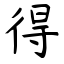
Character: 得